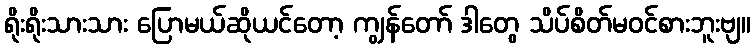
ရိုးရိုးသားသား ပြောမယ်ဆိုယင်တော့ ကျွန်တော် ဒါတွေ သိပ်စိတ်မဝင်စားဘူးဗျ။